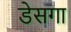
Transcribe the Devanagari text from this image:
डेसगा